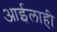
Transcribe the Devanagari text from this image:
आईलाही